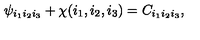
\psi _ { i _ { 1 } i _ { 2 } i _ { 3 } } + \chi ( i _ { 1 } , i _ { 2 } , i _ { 3 } ) = C _ { i _ { 1 } i _ { 2 } i _ { 3 } } ,